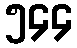
၅၄၄